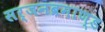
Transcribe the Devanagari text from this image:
सर्जनब्रमाण्ड